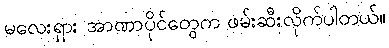
မလေးရှား အာဏာပိုင်တွေက ဖမ်းဆီးလိုက်ပါတယ်။